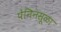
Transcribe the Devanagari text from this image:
पेनिनसूळा